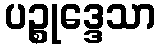
ပဉ္စုဒ္ဒေသာ